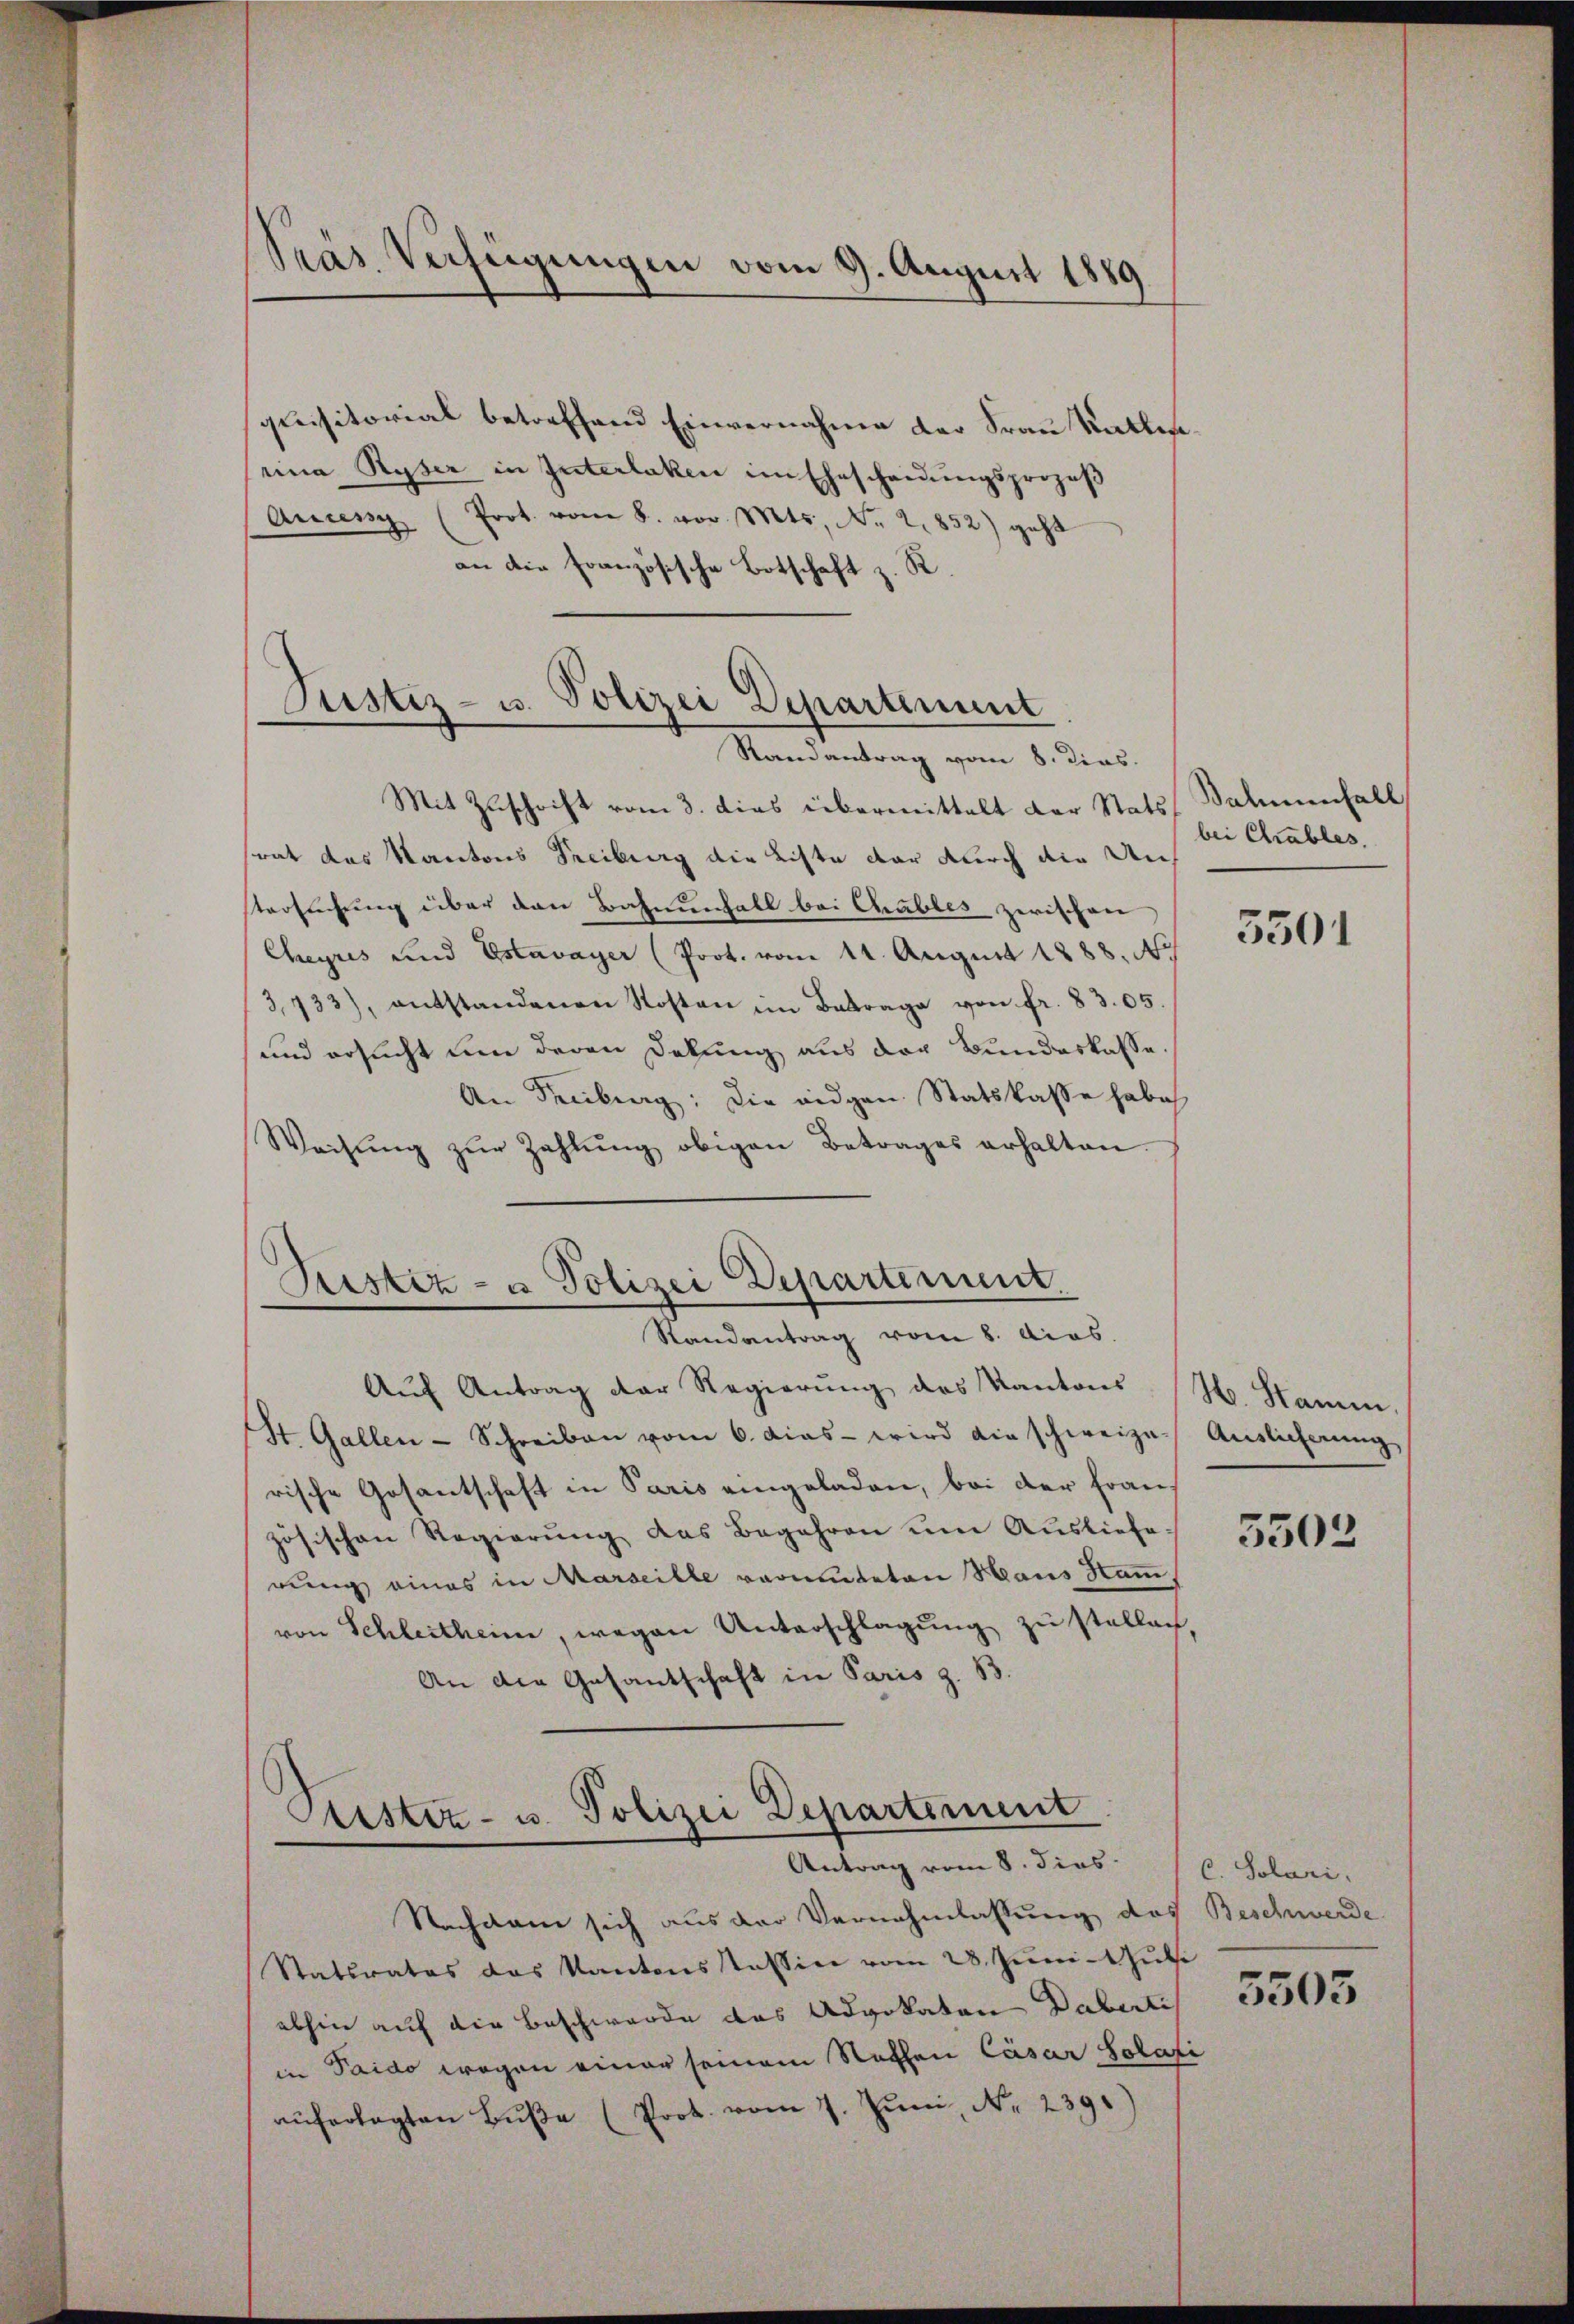
Pras Verfügungen vom 9. August 1889

quisitorial betreffend Einvernahme der Frau Rattesseine Ryser in Interlaken im Ehescheidungsprozeß
Aucenz (Prot. vom 8. vor. Mts., No 2,852) geht
an die französische Botschaft z. R.

Justiz- u. Polizei Departement
—
Randantrag vom 8. Dins.

Pristiz- u Polizei Departement.

Custiz- u. Polizei Departement
Antrag vom 8. dies

Mit Zuschrift vom 3. dies übermittelt der Stats
srat das Kantons Freiburg die Liste dar durch die Unstersuchung über den Bahnenfall bei Chables zwischen
Cheyris und Estavayer (Prot. vom 14. August 1888. No
3,733), entstandenen Kosten im Betrage von fr. 8305.
und ersucht um deren Delung aus der Bundeskasse.
An Freiburg: die eidgen. Statskasse habe
Weisŭng zŭr Zahlŭng obigen Betrages erhalten.
Randantrag vom 8. Acas
Aŭf Antrag der Regierŭng des Kantons (N. Hamm
St. Gallen-Schreiben vom 6. das wird die schweize Auslicherŭng
rische Gesantschaft in Paris eingeladen, bei der Französischen Regierŭng das Begehren ŭm Aŭslieferung eines in Marseille vermuteten Haus Sammvon Schleitheim, wegen Unterschlagung zu stellach,
An die Gesantschaft in Paris z. 13.

Balmenfall
bei Chrables,

Nachdem sich aus der Vernehmlassung des Beschwerde
Statsrates das Kantonsstessin vom 28. Juni- Juli
abhin auf die Beschwerde das Advokaten Daberti
in Taido wegen einer seinem Rathen Cäsar Solati
aŭferlegten Bŭβe (Prot. vom 7. Jŭni N. 239.

3501

5503

C. Solari.

5503